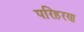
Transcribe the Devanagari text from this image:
परिहरण